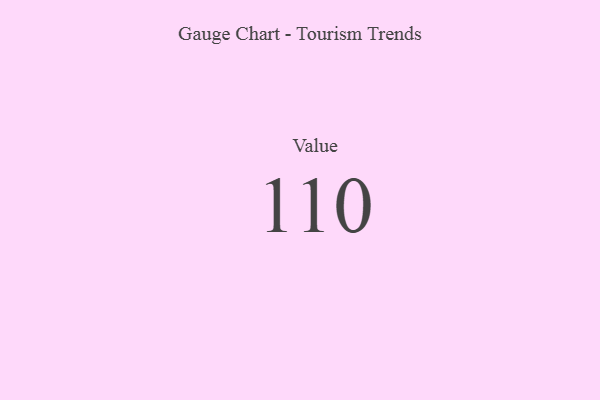
{"axis": {"x": "Metric", "y": "Value"}, "legend": [""], "data": [{"x": "Value", "y": 110, "type": ""}]}